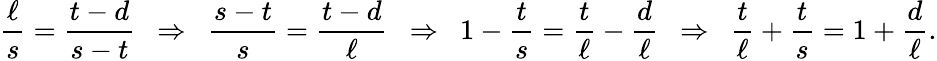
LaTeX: {\frac{\ell}{s}}={\frac{t-d}{s-t}}\ \ \Rightarrow\ \ {\frac{s-t}{s}}={\frac{t-d}{\ell}}\ \ \Rightarrow\ \ 1-{\frac{t}{s}}={\frac{t}{\ell}}-{\frac{d}{\ell}}\ \ \Rightarrow\ \ {\frac{t}{\ell}}+{\frac{t}{s}}=1+{\frac{d}{\ell}}.